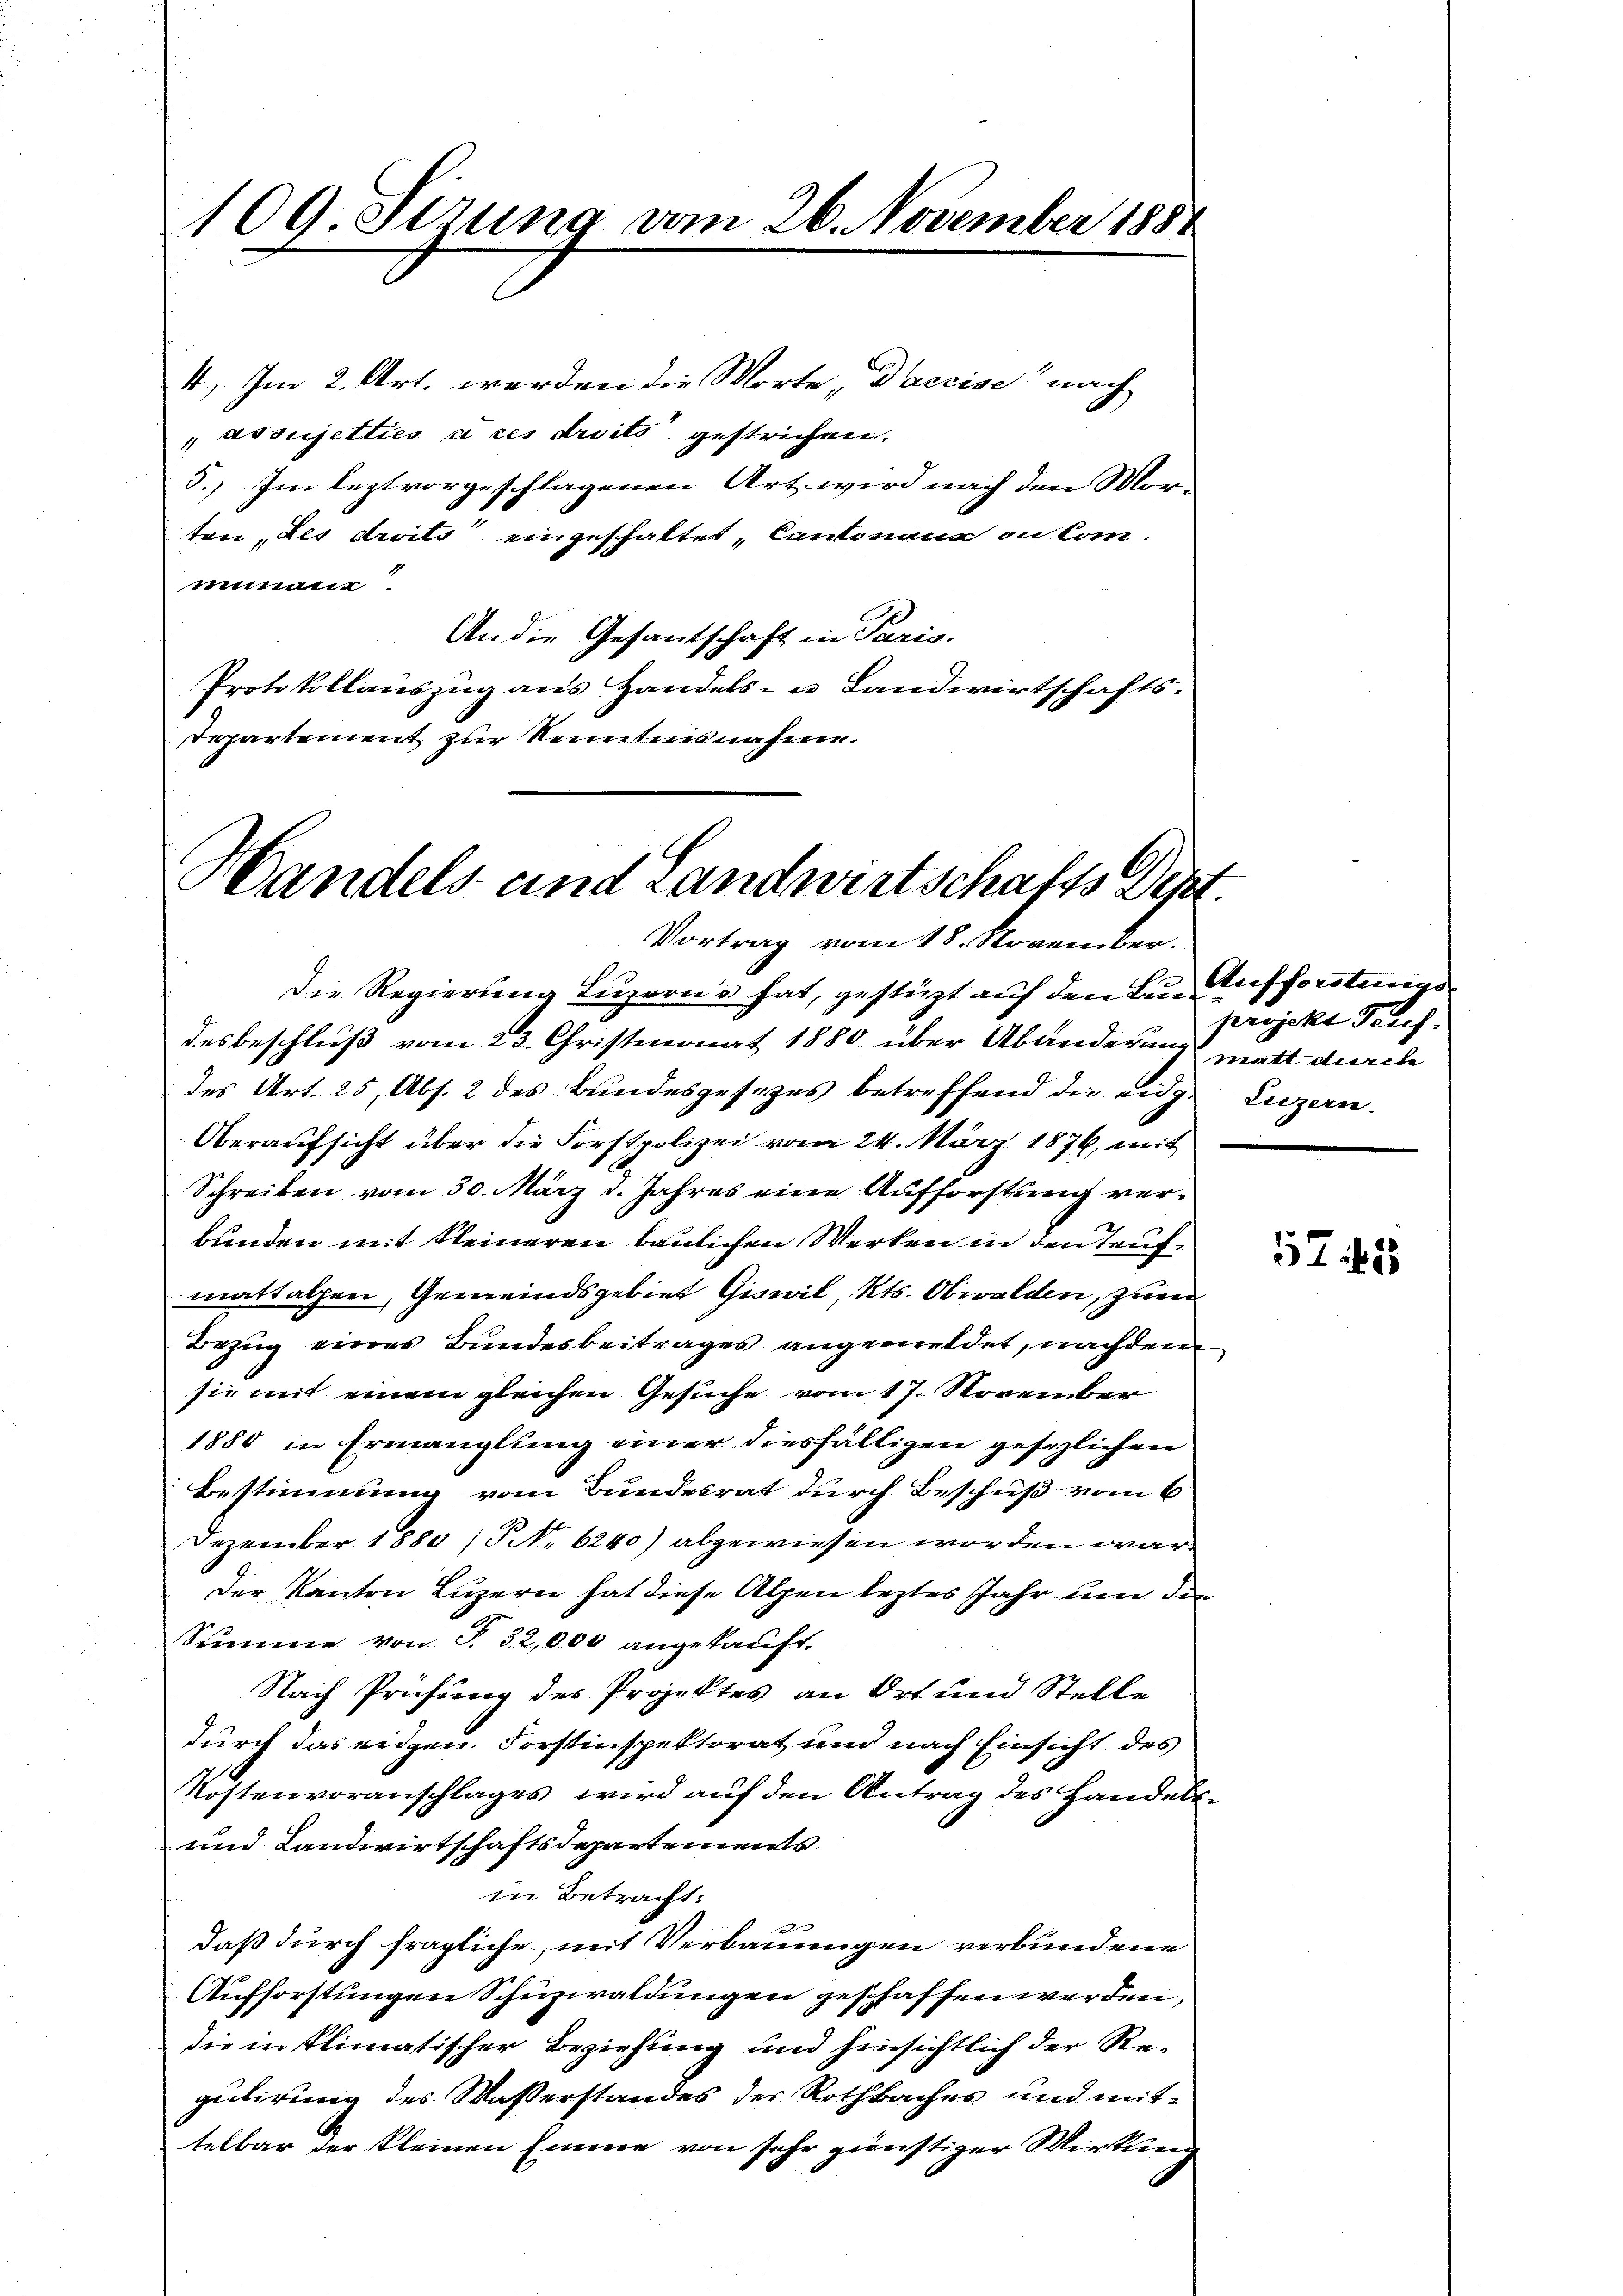
109. Sirung vom 26. November 1888

4.) Im 2. Art. werden die Worte, Daccise“ nach
"vosujetties a ces droits gestrichen.
5.) Im leztvorgeschlagenen Art wird nach den Mor-
ten des droits eingeschaltet, Cantonen in Communalen
An die Gesantschaft in Paris.
Protokollauszug aus Handels- u Landwirtschafts¬
Departement zur Kenntnis nahme.

Handels- und Landwirtschafts Dist
Vortrag vom 18. November.

Die Regierung Luzerns hat, gestüzt auf den in Aufforstungs
desbeschluß vom 23. Christmonat 1880 über Abänderung matt durch
des Art. 25, Abs. 2 des Bundesgesezes betreffend die eidg. Luzern.
Oberaufsicht über die Forstpolizei vom 24. März 1876, mit
Schreiben vom 30. März 1. Jahres eine Aufforstung verbunden mit kleineren baulichen Werken in den Teufmattalzen, Gemeindsgebiet Giswil, Kts. Obwalden, zum
Bezug eines Bundesbeitrages angemeldet, nachdem
sie mit einem gleichen Gesuche vom 17. November
1880 in Ermanglung einer diesfälligen gesezlichen
Bestimmung vom Bundesrat durch Beschuß vom 6
Dezember 1880 / NNo. 6240) abgewiesen worden war.
Der Kanton Luzern hat diese Alpen leztes Jahr um der
Stimme von T. 32,000 angekauft.
Nach Prüfung des Projektes an Ort und Stelle
durch das eidgen. Forstinspektorat und nach Einsicht des
Kostenvoranschlages wird auf den Antrag des Handels¬
und Landwirtschaftsdepartements
in Betracht.
2
daß durch fragliche, mit Verbauungen verbundene
Aufforstungen Schuzwaldungen geschaffen werden,
die in klimatischer Beziehung und hinsichtlich der Regulirung des Wasserstandes der Rothbaches und mittelbar der kleinen Emme von sehr günstiger Wirken

2
projekt Feuch.

5745